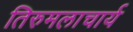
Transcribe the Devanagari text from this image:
तिरुमलाचार्य